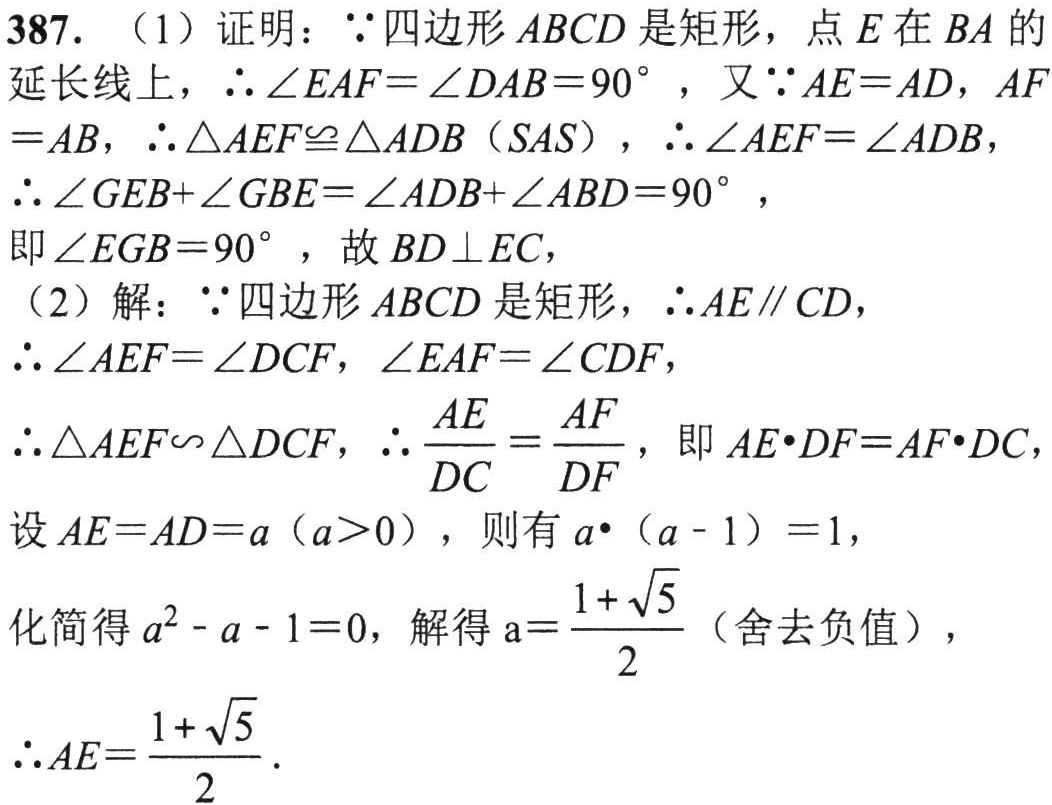
387. （1）证明：

因为四边形\(ABCD\)是矩形，点\(E\)在\(BA\)的延长线上，所以\(\angle EAF = \angle DAB = 90^{\circ}\)，又因为\(AE = AD\)，\(AF = AB\)，所以\(\triangle AEF\cong\triangle ADB\)（\(SAS\)），所以\(\angle AEF = \angle ADB\)，

所以\(\angle GEB+\angle GBE = \angle ADB+\angle ABD = 90^{\circ}\)，

即\(\angle EGB = 90^{\circ}\)，故\(BD\perp EC\)。

（2）解：

因为四边形\(ABCD\)是矩形，所以\(AE\parallel CD\)，

所以\(\angle AEF = \angle DCF\)，\(\angle EAF = \angle CDF\)，

所以\(\triangle AEF\sim\triangle DCF\)，所以\(\frac{AE}{DC}=\frac{AF}{DF}\)，即\(AE\cdot DF = AF\cdot DC\)。

设\(AE = AD = a\)（\(a > 0\)），则有\(a\cdot(a - 1)=1\)，

化简得\(a^{2}-a - 1 = 0\)，解得\(a=\frac{1 + \sqrt{5}}{2}\)（舍去负值），

所以\(AE=\frac{1 + \sqrt{5}}{2}\)。